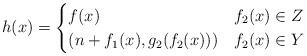
LaTeX: \begin{align*}h(x) = \begin{cases}f(x) & f_2(x)\in Z \\(n+f_1(x), g_2(f_2(x))) & f_2(x)\in Y \end{cases}\end{align*}